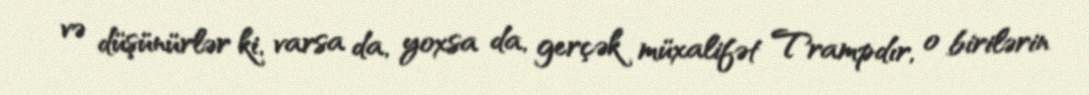
və düşünürlər ki, varsa da, yoxsa da, gerçək müxalifət Trampdır, o birilərin